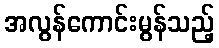
အလွန်ကောင်းမွန်သည့်